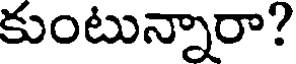
కుంటున్నారా?